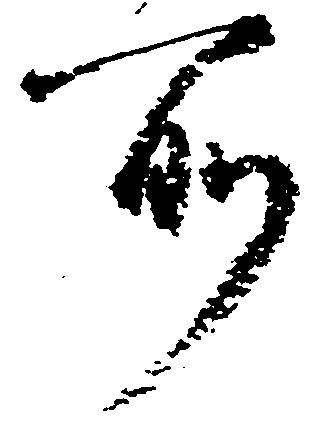
所